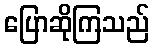
ပြောဆိုကြသည်